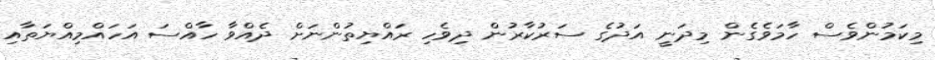
މިކަމުންވެސް ހާމަވެގެން މިދަނީ އަދުގެ ސަރުކާރުން ދިވެހި ރައްޔިތުންނަށް ދެއްވާ ހާއްސަ އަހައްމިއްޔަތާއި